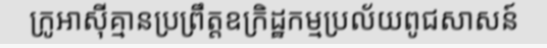
ក្រូអាស៊ីគ្មានប្រព្រឹត្តឧក្រិដ្ឋកម្មប្រល័យពូជសាសន៍